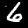
Digit: 6